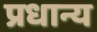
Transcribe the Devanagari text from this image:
प्रधान्य